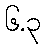
၆.၃